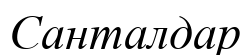
Санталдар